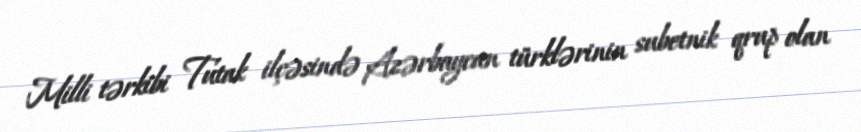
Milli tərkibi Tutak ilçəsində Azərbaycan türklərinin subetnik qrup olan